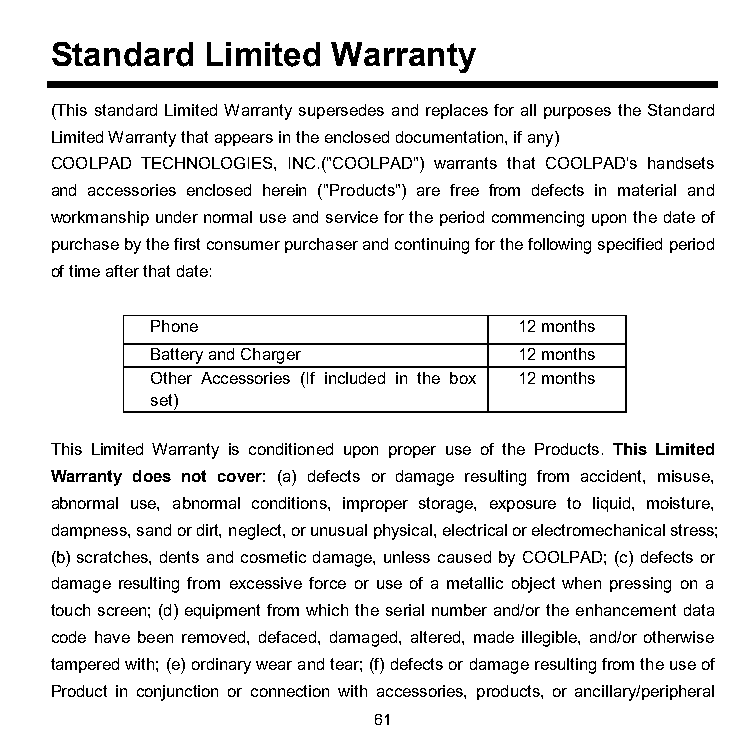
Standard   Limited Warranty
 (This standard Limited Warranty supersedes and replaces for all purposes the Standard
 Limited Warranty that appears in the enclosed documentation, if any)
 COOLPAD TECHNOLOGIES, INC.("COOLPAD") warrants that COOLPAD's handsets
 and accessories enclosed herein ("Products") are free from defects in material and
 workmanship under normal use and service for the period commencing upon the date of
 purchase by the first consumer purchaser and continuing for the following specified period
 of time after that date:
 Phone                   12 months
 Battery and Charger     12 months
 Other Accessories (If included in the box 12 months
 set)
 This Limited Warranty is conditioned upon proper use of the Products. This Limited
 Warranty does not cover: (a) defects or damage resulting from accident, misuse,
 abnormal use, abnormal conditions, improper storage, exposure to liquid, moisture,
 dampness, sand or dirt, neglect, or unusual physical, electrical or electromechanical stress;
 (b) scratches, dents and cosmetic damage, unless caused by COOLPAD; (c) defects or
 damage resulting from excessive force or use of a metallic object when pressing on a
 touch screen; (d) equipment from which the serial number and/or the enhancement data
 code have been removed, defaced, damaged, altered, made illegible, and/or otherwise
 tampered with; (e) ordinary wear and tear; (f) defects or damage resulting from the use of
 Product in conjunction or connection with accessories, products, or ancillary/peripheral
 61